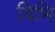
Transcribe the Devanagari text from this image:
विभिं